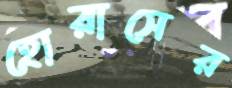
হোরাসের